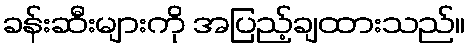
ခန်းဆီးများကို အပြည့်ချထားသည်။